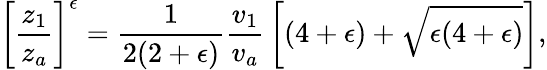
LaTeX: \left[{\frac{z_{1}}{z_{a}}}\right]^{\epsilon}={\frac{1}{2(2+\epsilon)}}{\frac{v_{1}}{v_{a}}}\left[(4+\epsilon)+\sqrt{\epsilon(4+\epsilon)}\right],